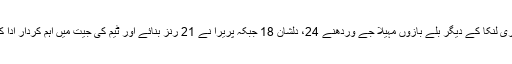
سری لنکا کے دیگر بلے بازوں مہیلا جے وردھنے 24، دلشان 18 جبکہ پریرا نے 21 رنز بنائے اور ٹیم کی جیت میں اہم کردار ادا کیا۔